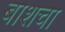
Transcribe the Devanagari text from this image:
बाशचा